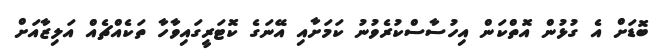
ބޮޑަށް އެ ގުޅުން އޮތްކަން އިހުސާސްކުރެވުނު ކަމަށާއި އޭނަގެ ކޮޓަރީގައިވާހާ ތަކެއްޗެއް އަލިޒާއަށް